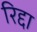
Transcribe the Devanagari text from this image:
रिद्दा